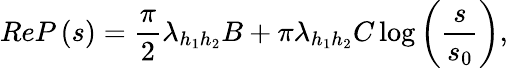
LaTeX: ReP\left(s\right)=\frac\pi 2\lambda_{h_{1}h_{2}}B+\pi\lambda_{h_{1}h_{2}}C\log\left(\frac s{s_{0}}\right),